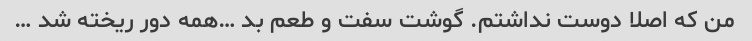
من که اصلا دوست نداشتم. گوشت سفت و طعم بد …همه دور ریخته شد …